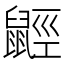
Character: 𪕣